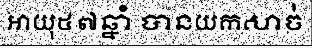
អាយុ៥៧ឆ្នាំ បានយកសាច់